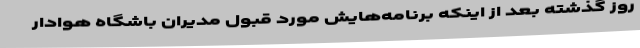
روز گذشته بعد از اینکه برنامه‌هایش مورد قبول مدیران باشگاه هوادار